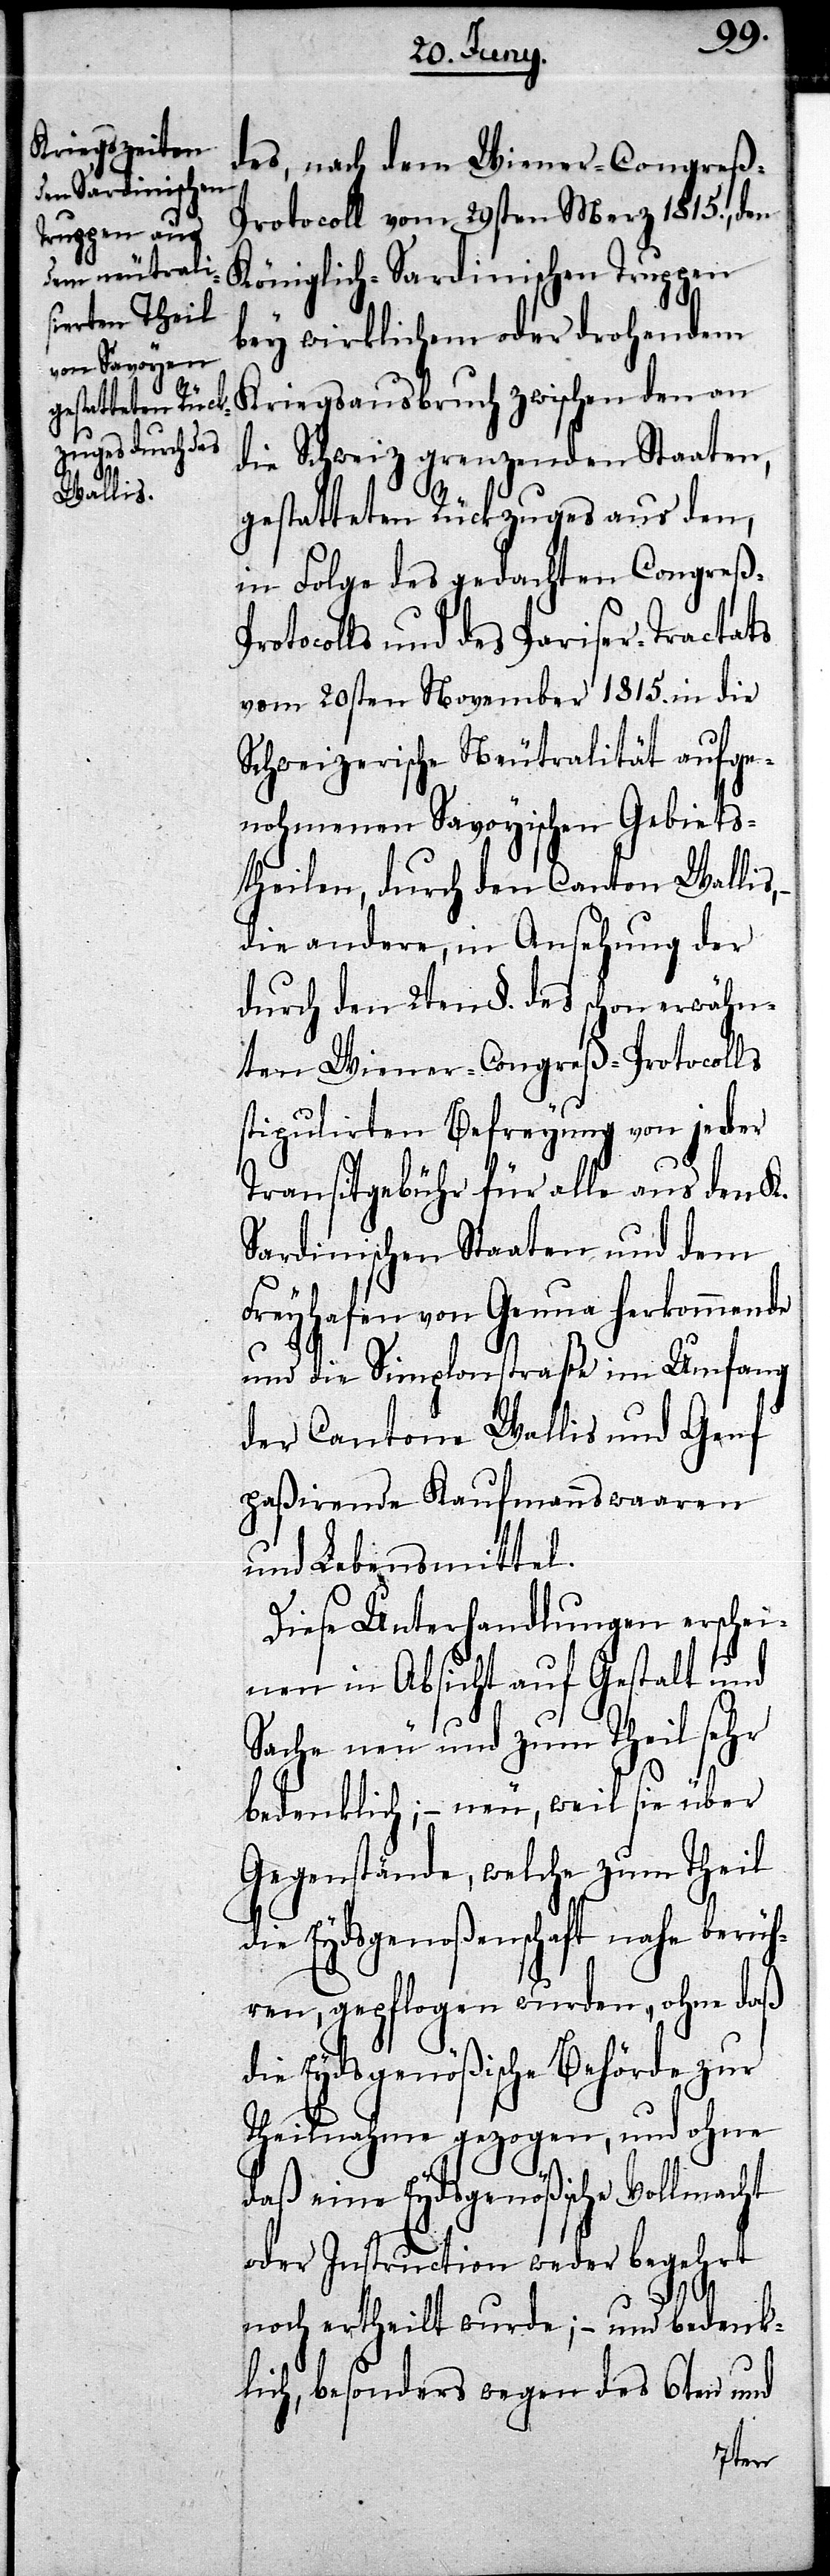
des, nach dem Wiener-Congreß-P¬
rotocoll vom 29sten Merz 1815., den
Königlich-Sardinischen Truppen
bey wirklichem oder drohendem
Kriegsausbruch zwischen den an
die Schweiz grenzenden Staaten,
gestatteten Rückzuges aus den,
in Folge des gedachten Congreß-Pr¬
otocolls und des Pariser-Tractats
vom 20sten November 1815. in die
Schweizerische Neutralität aufge¬
nohmenen Savoyischen Gebiets¬
theilen, durch den Canton Wallis,
die andere, in Ansehung der
durch den 2ten §. des schon erwähn¬
ten Wiener-Congreß-Protocolls
stipulirten Befreyung von jeder
Transitgebühr für alle aus den K.
Sardinischen Staaten und dem
Freyhafen von Genua herkommende
und die Simplonstraße im Umfang
der Cantone Wallis und Genf
paßirende Kaufmannswaaren
und Lebensmittel.
Diese Unterhandlungen erschi¬
enen in Absicht auf Gestalt und
Sache neu und zum Theils her
bedenklich, – neu, weil sie über
Gegenstände, welche zum Theil
die Eydsgnoßenschaft nahe berüh¬
ren, gepflogen wurden, ohne daß
die Eydesgenößische Behörde zur
Theilnahme gezogen, und ohne
daß eine Eydsgenößische Vollmacht
oder Instruction weder begehrt
noch ertheilt wurde; – und bedenk¬
lich, besonders wegen des 6ten und